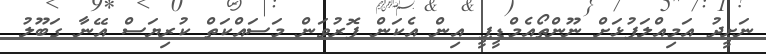
ނަށީދު އަމިއްލަފުޅަށް ނޫންތޯއެމްޑީޕީ އިން އެކަން ފޮރުވަން މަސައްކަތް ކުރިޔަސް އޭނާ ގަބޫލު